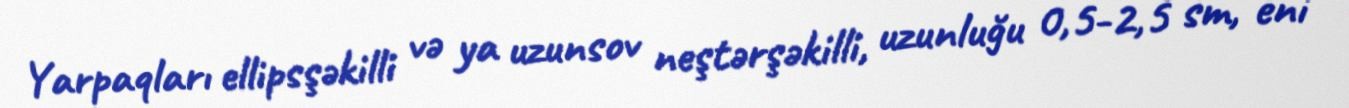
Yarpaqları ellipsşəkilli və ya uzunsov neştərşəkilli, uzunluğu 0,5-2,5 sm, eni